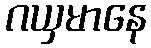
ဂယှမာနေ